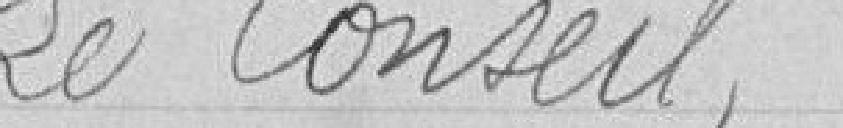
Le Conseil,